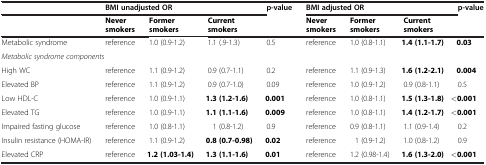
<table><thead><tr><td><b> </b></td><td colspan="3"><b>BMI unadjusted OR</b></td><td><b>p-value</b></td><td colspan="3"><b>BMI adjusted OR</b></td><td><b>p-value</b></td></tr></thead><tbody><tr><td> </td><td><b>Never smokers</b></td><td><b>Former smokers</b></td><td><b>Current smokers</b></td><td> </td><td><b>Never smokers</b></td><td><b>Former smokers</b></td><td><b>Current smokers</b></td><td> </td></tr><tr><td>Metabolic syndrome</td><td>reference</td><td>1.0 (0.9-1.2)</td><td>1.1 (.9-1.3)</td><td>0.5</td><td>reference</td><td>1.0 (0.8-1.1)</td><td><b>1.4 (1.1-1.7)</b></td><td><b>0.03</b></td></tr><tr><td colspan="9"><i>Metabolic syndrome components</i></td></tr><tr><td>High WC</td><td>reference</td><td>1.1 (0.9-1.2)</td><td>0.9 (0.7-1.1)</td><td>0.2</td><td>reference</td><td>1.1 (0.9-1.3)</td><td><b>1.6 (1.2-2.1)</b></td><td><b>0.004</b></td></tr><tr><td>Elevated BP</td><td>reference</td><td>1.1 (0.9-1.2)</td><td>0.9 (0.7-1.0)</td><td>0.09</td><td>reference</td><td>1.0 (0.9-1.2)</td><td>0.9 (0.8-1.1)</td><td>0.5</td></tr><tr><td>Low HDL-C</td><td>reference</td><td>1.0 (0.9-1.1)</td><td><b>1.3 (1.2-1.6)</b></td><td><b>0.001</b></td><td>reference</td><td>1.0 (0.8-1.1)</td><td><b>1.5 (1.3-1.8)</b></td><td><b>&lt;0.001</b></td></tr><tr><td>Elevated TG</td><td>reference</td><td>1.0 (0.9-1.1)</td><td><b>1.1 (1.1-1.6)</b></td><td><b>0.009</b></td><td>reference</td><td>1.0 (0.8-1.1)</td><td><b>1.4 (1.2-1.7)</b></td><td><b>&lt;0.001</b></td></tr><tr><td>Impaired fasting glucose</td><td>reference</td><td>1.0 (0.8-1.1)</td><td>1 (0.8-1.2)</td><td>0.9</td><td>reference</td><td>0.9 (0.8-1.1)</td><td>1.1 (0.9-1.4)</td><td>0.2</td></tr><tr><td>Insulin resistance (HOMA-IR)</td><td>reference</td><td>1.1 (0.9-1.2)</td><td><b>0.8 (0.7-0.98)</b></td><td><b>0.02</b></td><td>reference</td><td>1 (0.9-1.2)</td><td>1.0 (0.8-1.2)</td><td>0.9</td></tr><tr><td>Elevated CRP</td><td>reference</td><td><b>1.2 (1.03-1.4)</b></td><td><b>1.3 (1.1-1.6)</b></td><td><b>0.01</b></td><td>reference</td><td>1.2 (0.98-1.4)</td><td><b>1.6 (1.3-2.0)</b></td><td><b>&lt;0.001</b></td></tr></tbody></table>